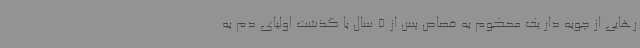
رهایی از چوبه دار یک محکوم به قصاص پس از 5 سال با گذشت اولیای دم به